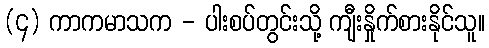
(၄) ကာကမာသက - ပါးစပ်တွင်းသို့ ကျီးနှိုက်စားနိုင်သူ။